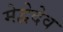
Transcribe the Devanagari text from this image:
मेद्वेदेव